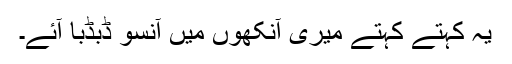
یہ کہتے کہتے میری آنکھوں میں آنسو ڈبڈبا آئے۔